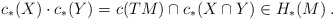
\begin{align*} c_*(X) \cdot c_*(Y) = c(TM)\cap c_*(X\cap Y) \in H_*(M)\:. \end{align*}